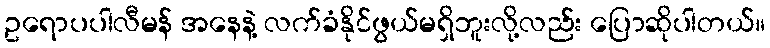
ဥရောပပါလီမန် အနေနဲ့ လက်ခံနိုင်ဖွယ်မရှိဘူးလို့လည်း ပြောဆိုပါတယ်။